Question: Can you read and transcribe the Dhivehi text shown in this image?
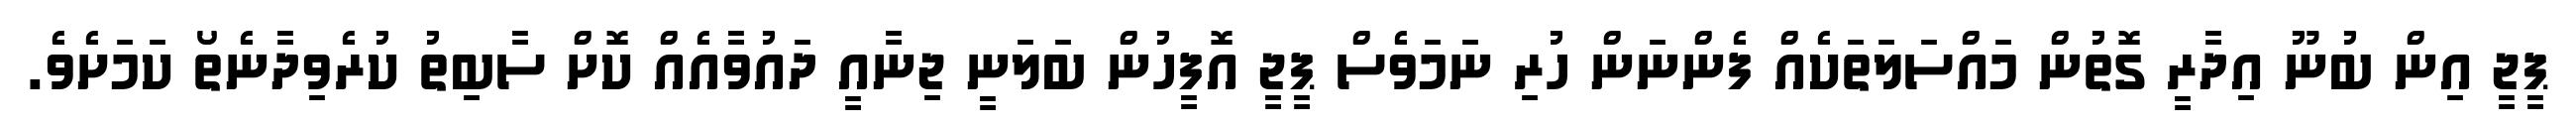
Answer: ޕީޖީ އިން ބުނޫ އިދާރީ ގޮތުން މައްސަލަތަކެއް ފެންނަން ހުރި ނަމަވެސް ޕީޖީ އޮފީހުން ބަލަނީ ޖިނާއީ ދައުވާއެއް ކޮށް ސާބިތު ކުރެވިދާނެތޯ ކަމަށެވެ.